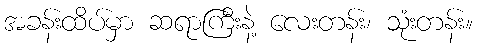
အခန်းထိပ်မှာ ဆရာကြီးနဲ့ လေးတန်း၊ သုံးတန်း။